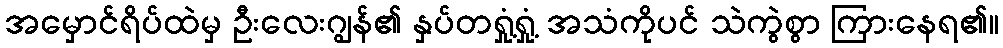
အမှောင်ရိပ်ထဲမှ ဦးလေးဂျွန်၏ နှပ်တရှုံ့ရှုံ့ အသံကိုပင် သဲကွဲစွာ ကြားနေရ၏။